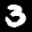
Label: 3